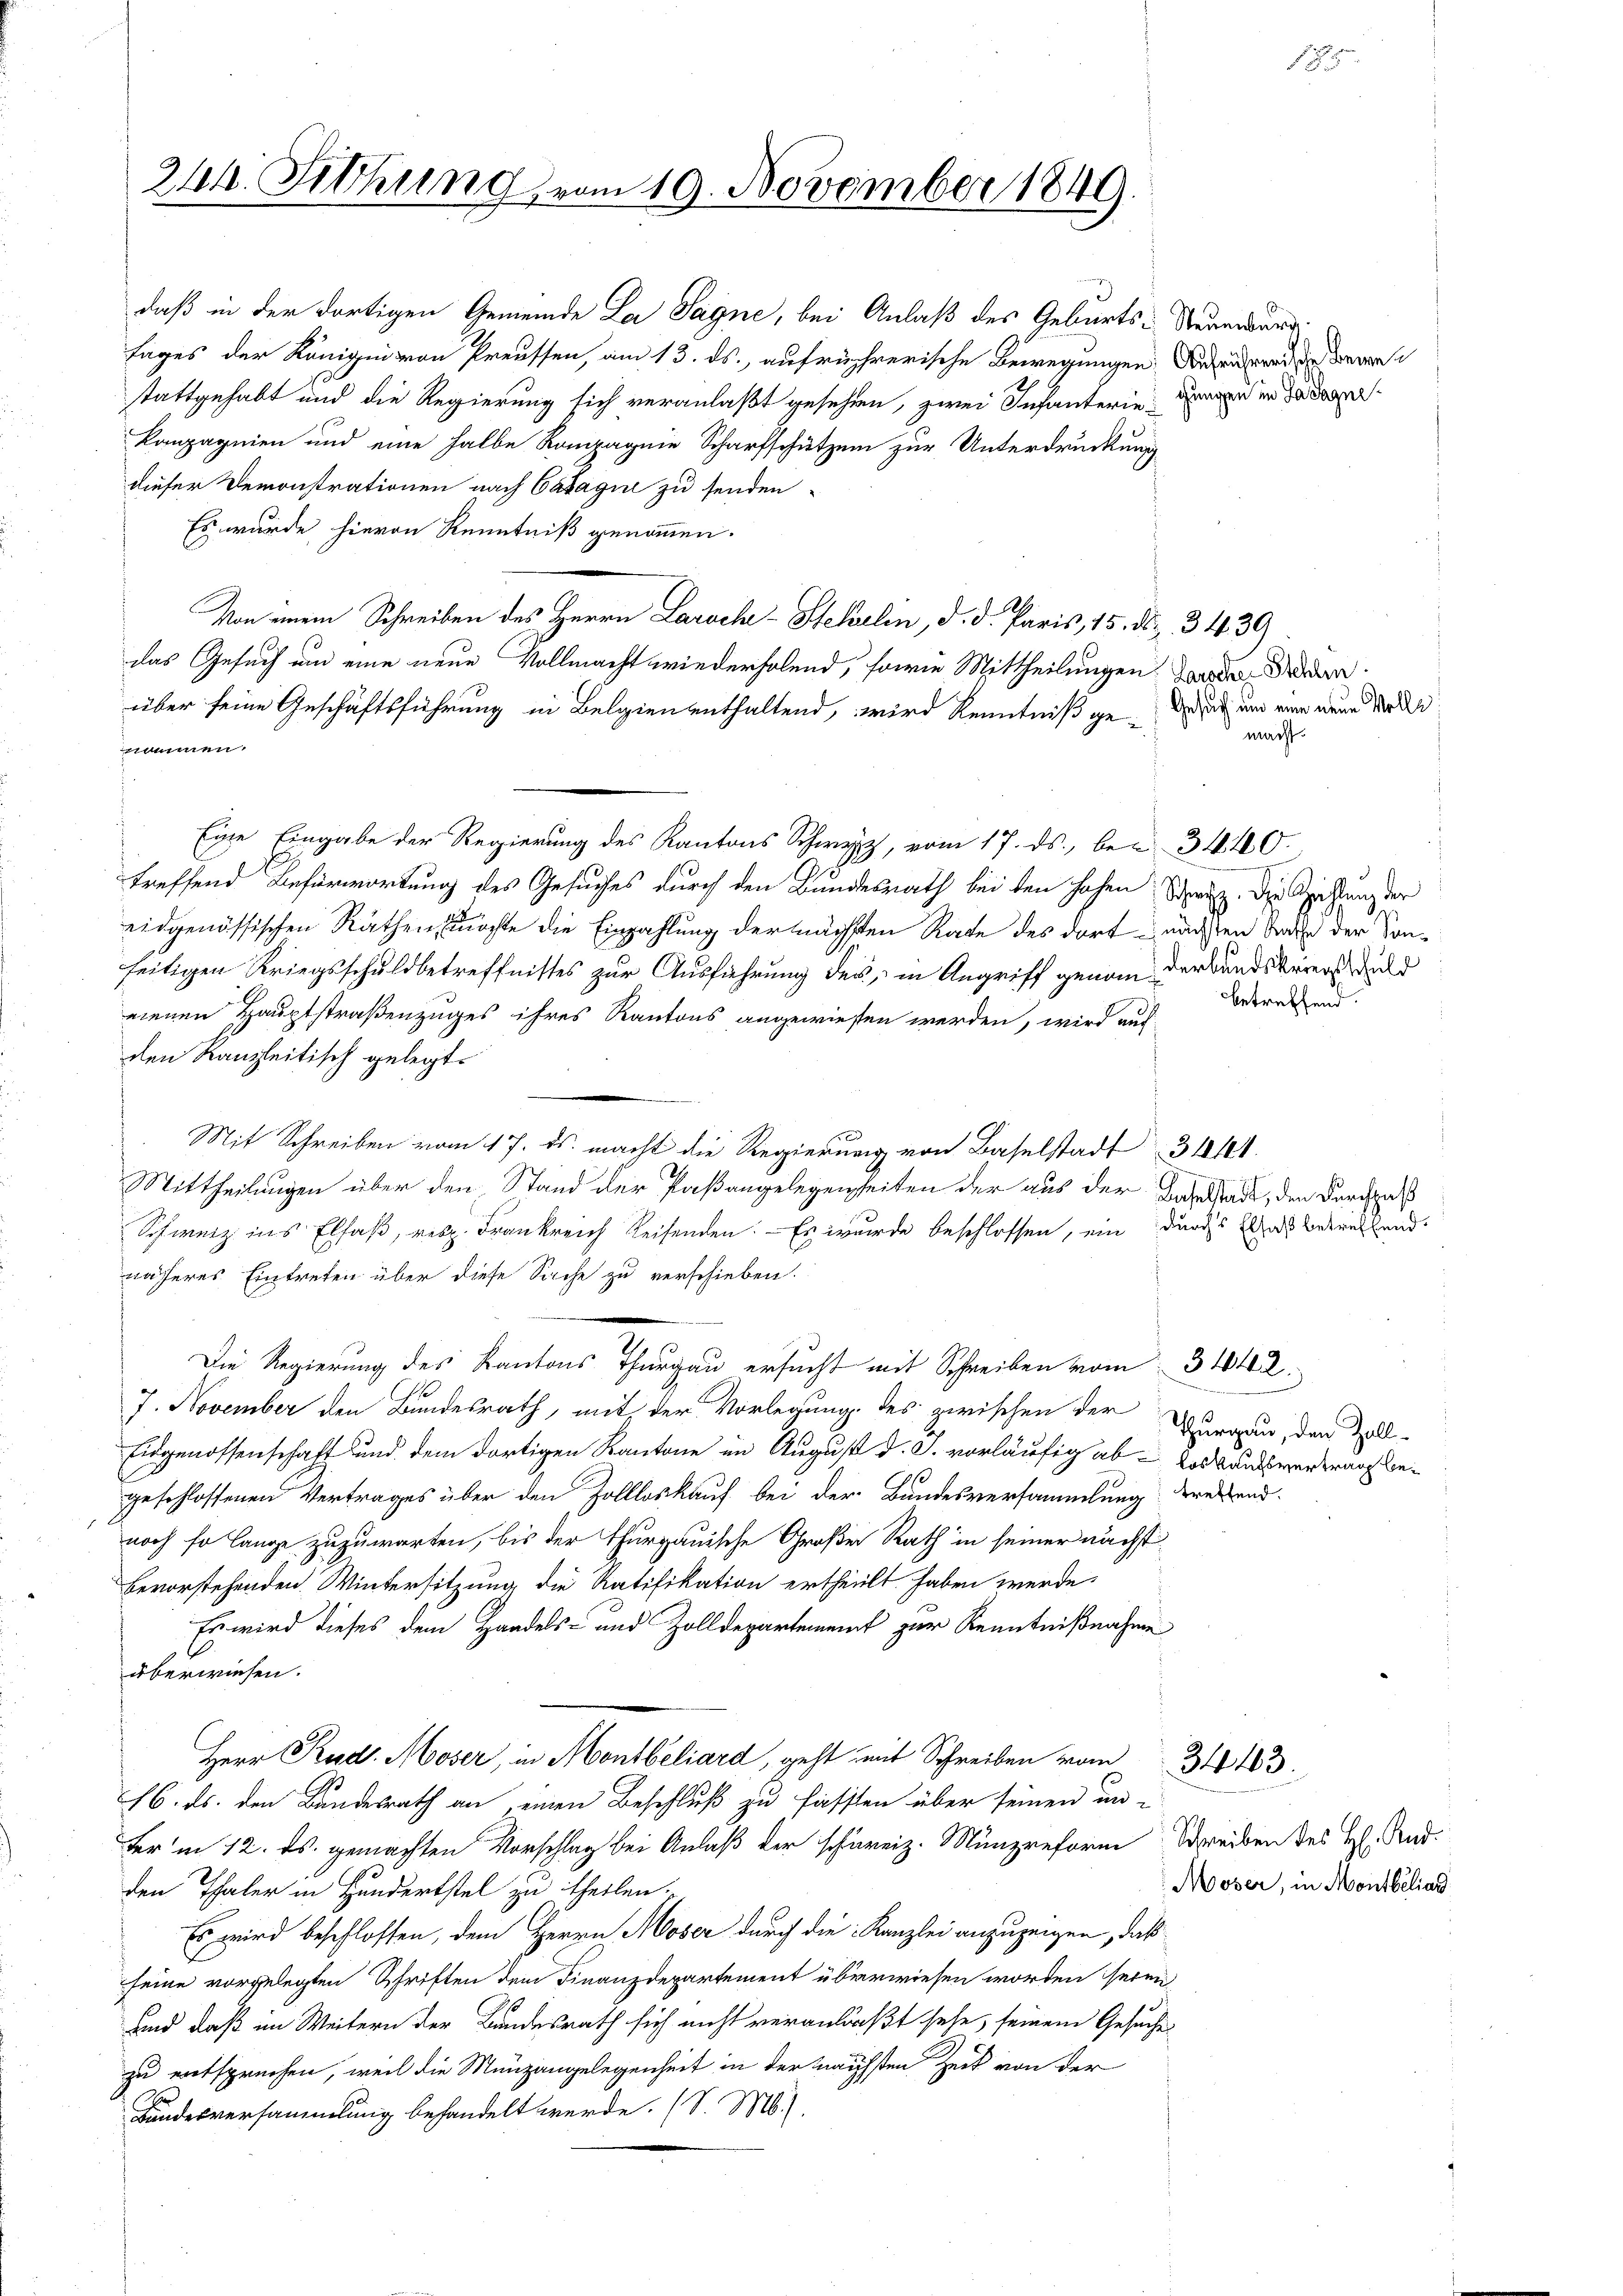
244. Sitzung vom 19. November 1849

daß in der dortigen Gemeinde La Sagne, bei Anlaß des Geburts-Neuenburg
Tages der Königin von Preussen, am 13. ds. aufrührerische Bewegungen Bedene Bewe
stattgehabt und die Regierung sich veranlaßt gesehen, zwei Infanterienen da
kompagnien und eine halbe Rompagnie Scharfschützen zur Unterdrückung
dieser Demonstrationen nach Catagii zu senden
Es wurde hievon Renntniß genommen.
Von einem Schreiben des Herrn Laroch-Stekelin, d. d. Paris, 15. ds. 3439)
das Gesuch um eine neue Vollmacht wiederholend, sowie Mittheilungen worden der
über seine Geschäftsführung in Belgien enthaltend, wird Kenntniß gerat und eine neue ode
nommen.
Eine Eingabe der Regierung des Kantons Schwyz, vom 17. ds., bei 34. 10.
treffend Befürwortung des Gesuches durch den Bundesrath bei den hohen Schweiz. Die Speistung der
eidgenössischen Räthen, möchte die Einzahlung der nächsten Rate des dort nächsten Tode der Sonseitigen Kriegsschuldbetreffnisses zur Ausführung des in Angriff genom der Bundeskriegst duld
nenen Hauptstraßenzuges ihres Kantons angewiesen werden, wird auf
den Kanzleitisch gelegt.
f
Mit Schreiben vom 17. ds. macht die Regierung von Baselstadt 31101.
Mittheilungen über den Stand der Paßangelegenheiten der aus der Kastadt, den durchzus
Schweiz ins Elsaß, resp. Frankreich Reisenden. - Es wurde beschlossen, ein durchs Gas betreffend
näheres Eintreten über diese Sache zu verschieben.
Die Regierung des Kantons Thurgau ersucht mit Schreiben vom 3142.
7. November den Bundesrath, mit der Vorlegung des zwischen der
Eidgenossenschaft und dem dortigen Kantone im August d. J. vorläufig ab – Loskaufsvertrauf begeschlossenen Vertrages über den Zollloskauf bei der Bundesversammlung dreiend
noch so lange zuzuwarten, bis der Thurgauische Große Rath in seiner nächst
bevorstehenden Wintersitzung die Ratifikation ertheilt haben werde.
Es wird dieses dem Handels- und Zolldepartement zur Kenntnißnahme
überwiesen.
Herr Rud. Moser, in Montbelard, geht mit Schreiben von 344
16. ds. den Bundesrath an einen Beschluß zu fassten über seinen un-
fer in 12. ds. gemachten Vorschlag bei Anlaß der schweiz. Münzreform Schreiben des H. Rud.
den Thaler in Hundertstel zu theilen.
Es wird beschlossen, dem Herrn Moser durch die Kanzlei anzuzeigen, daß
seine vorgelegten Schriften dem Finanzdepartement überwiesen worden seien,
und daß im Weitern der Bundesrath sich nicht veranlaßt sehe, seinem Gesuches
zu entsprechen, weil die Münzangelegenheit in der nächsten Zeit von der
Bundesversammlung behandelt werde. (S. M.).

macht.

betreffend.

Thurgau, den Zoll¬

Moser, in Montbiliar